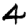
Digit: 4